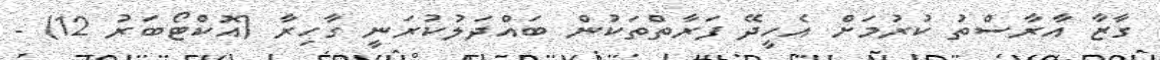
ގާޒާ އާރާސްތު ކުރުމަށް އެހީދޭ ފަރާތްތަކުން ބައްދަލުކުރަނީ ގާހިރާ (އޮކްޓޯބަރު 12) -